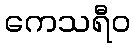
ကေသရီဝ